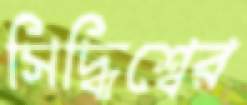
সিদ্ধিশ্বের